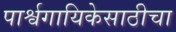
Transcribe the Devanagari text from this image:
पार्श्वगायिकेसाठीचा